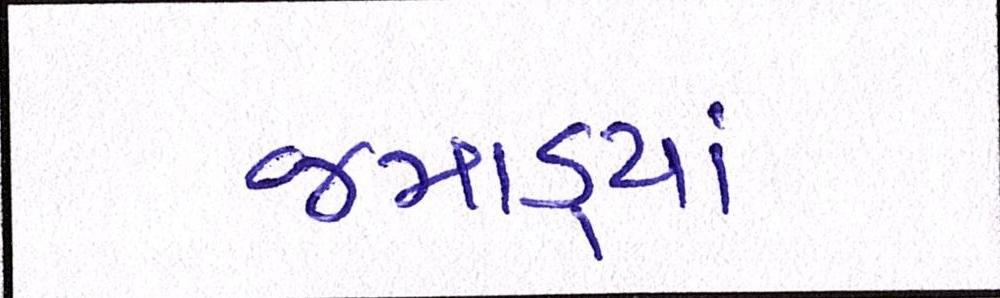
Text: જમાડ્યાં